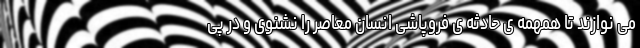
می نوازند تا همهمه ی حادثه ی فروپاشی انسان معاصر را نشنوی و در پی